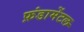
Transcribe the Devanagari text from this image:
फ़ंडामेंटल